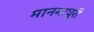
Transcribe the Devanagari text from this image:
मानमाधुरी